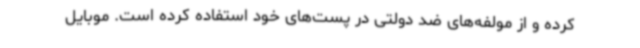
کرده و از مولفه‌های ضد دولتی در پست‌های خود استفاده کرده است. موبایل